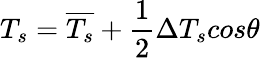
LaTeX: T_{s}=\overline{{T_{s}}}+\frac{1}{2}\Delta T_{s}cos\theta